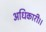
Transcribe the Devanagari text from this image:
अधिकारी।।